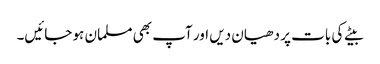
بیٹے کی بات پر دھیان دیں اور آپ بھی مسلمان ہو جائیں۔